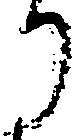
り